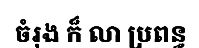
ចំរុង ក៏ លា ប្រពន្ធ